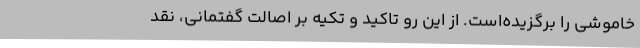
خاموشی را برگزیده‌است. از این رو تاکید و تکیه بر اصالت گفتمانی، نقد